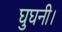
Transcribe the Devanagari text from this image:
घुघनी।